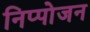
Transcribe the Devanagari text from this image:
निप्‍पोजन